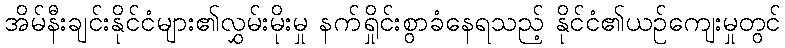
အိမ်နီးချင်းနိုင်ငံများ၏လွှမ်းမိုးမှု နက်ရှိုင်းစွာခံနေရသည့် နိုင်ငံ၏ယဉ်ကျေးမှုတွင်